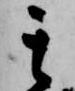
其